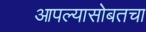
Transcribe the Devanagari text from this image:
आपल्यासोबतचा